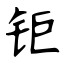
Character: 钜